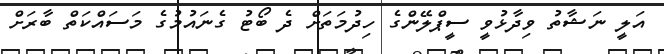
އަލީ ނަޝާތު ވިދާޅުވީ ސީޕްލޭންގެ ހިދުމަތަށް ދެ ބޯޓު ގެނައުމުގެ މަސައްކަތް ބާރަށް